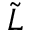
\tilde { L }